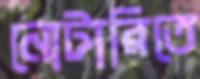
নোটারিতে